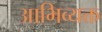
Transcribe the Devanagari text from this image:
आभिव्यक्त